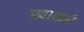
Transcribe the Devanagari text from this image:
खाफरे